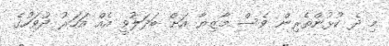
މި ދެ ކުޅުންތެރިން ވެސް މާޒިޔާ އަށް ބަދަލުވީ އެއް އަހަރު ދުވަހުގެ